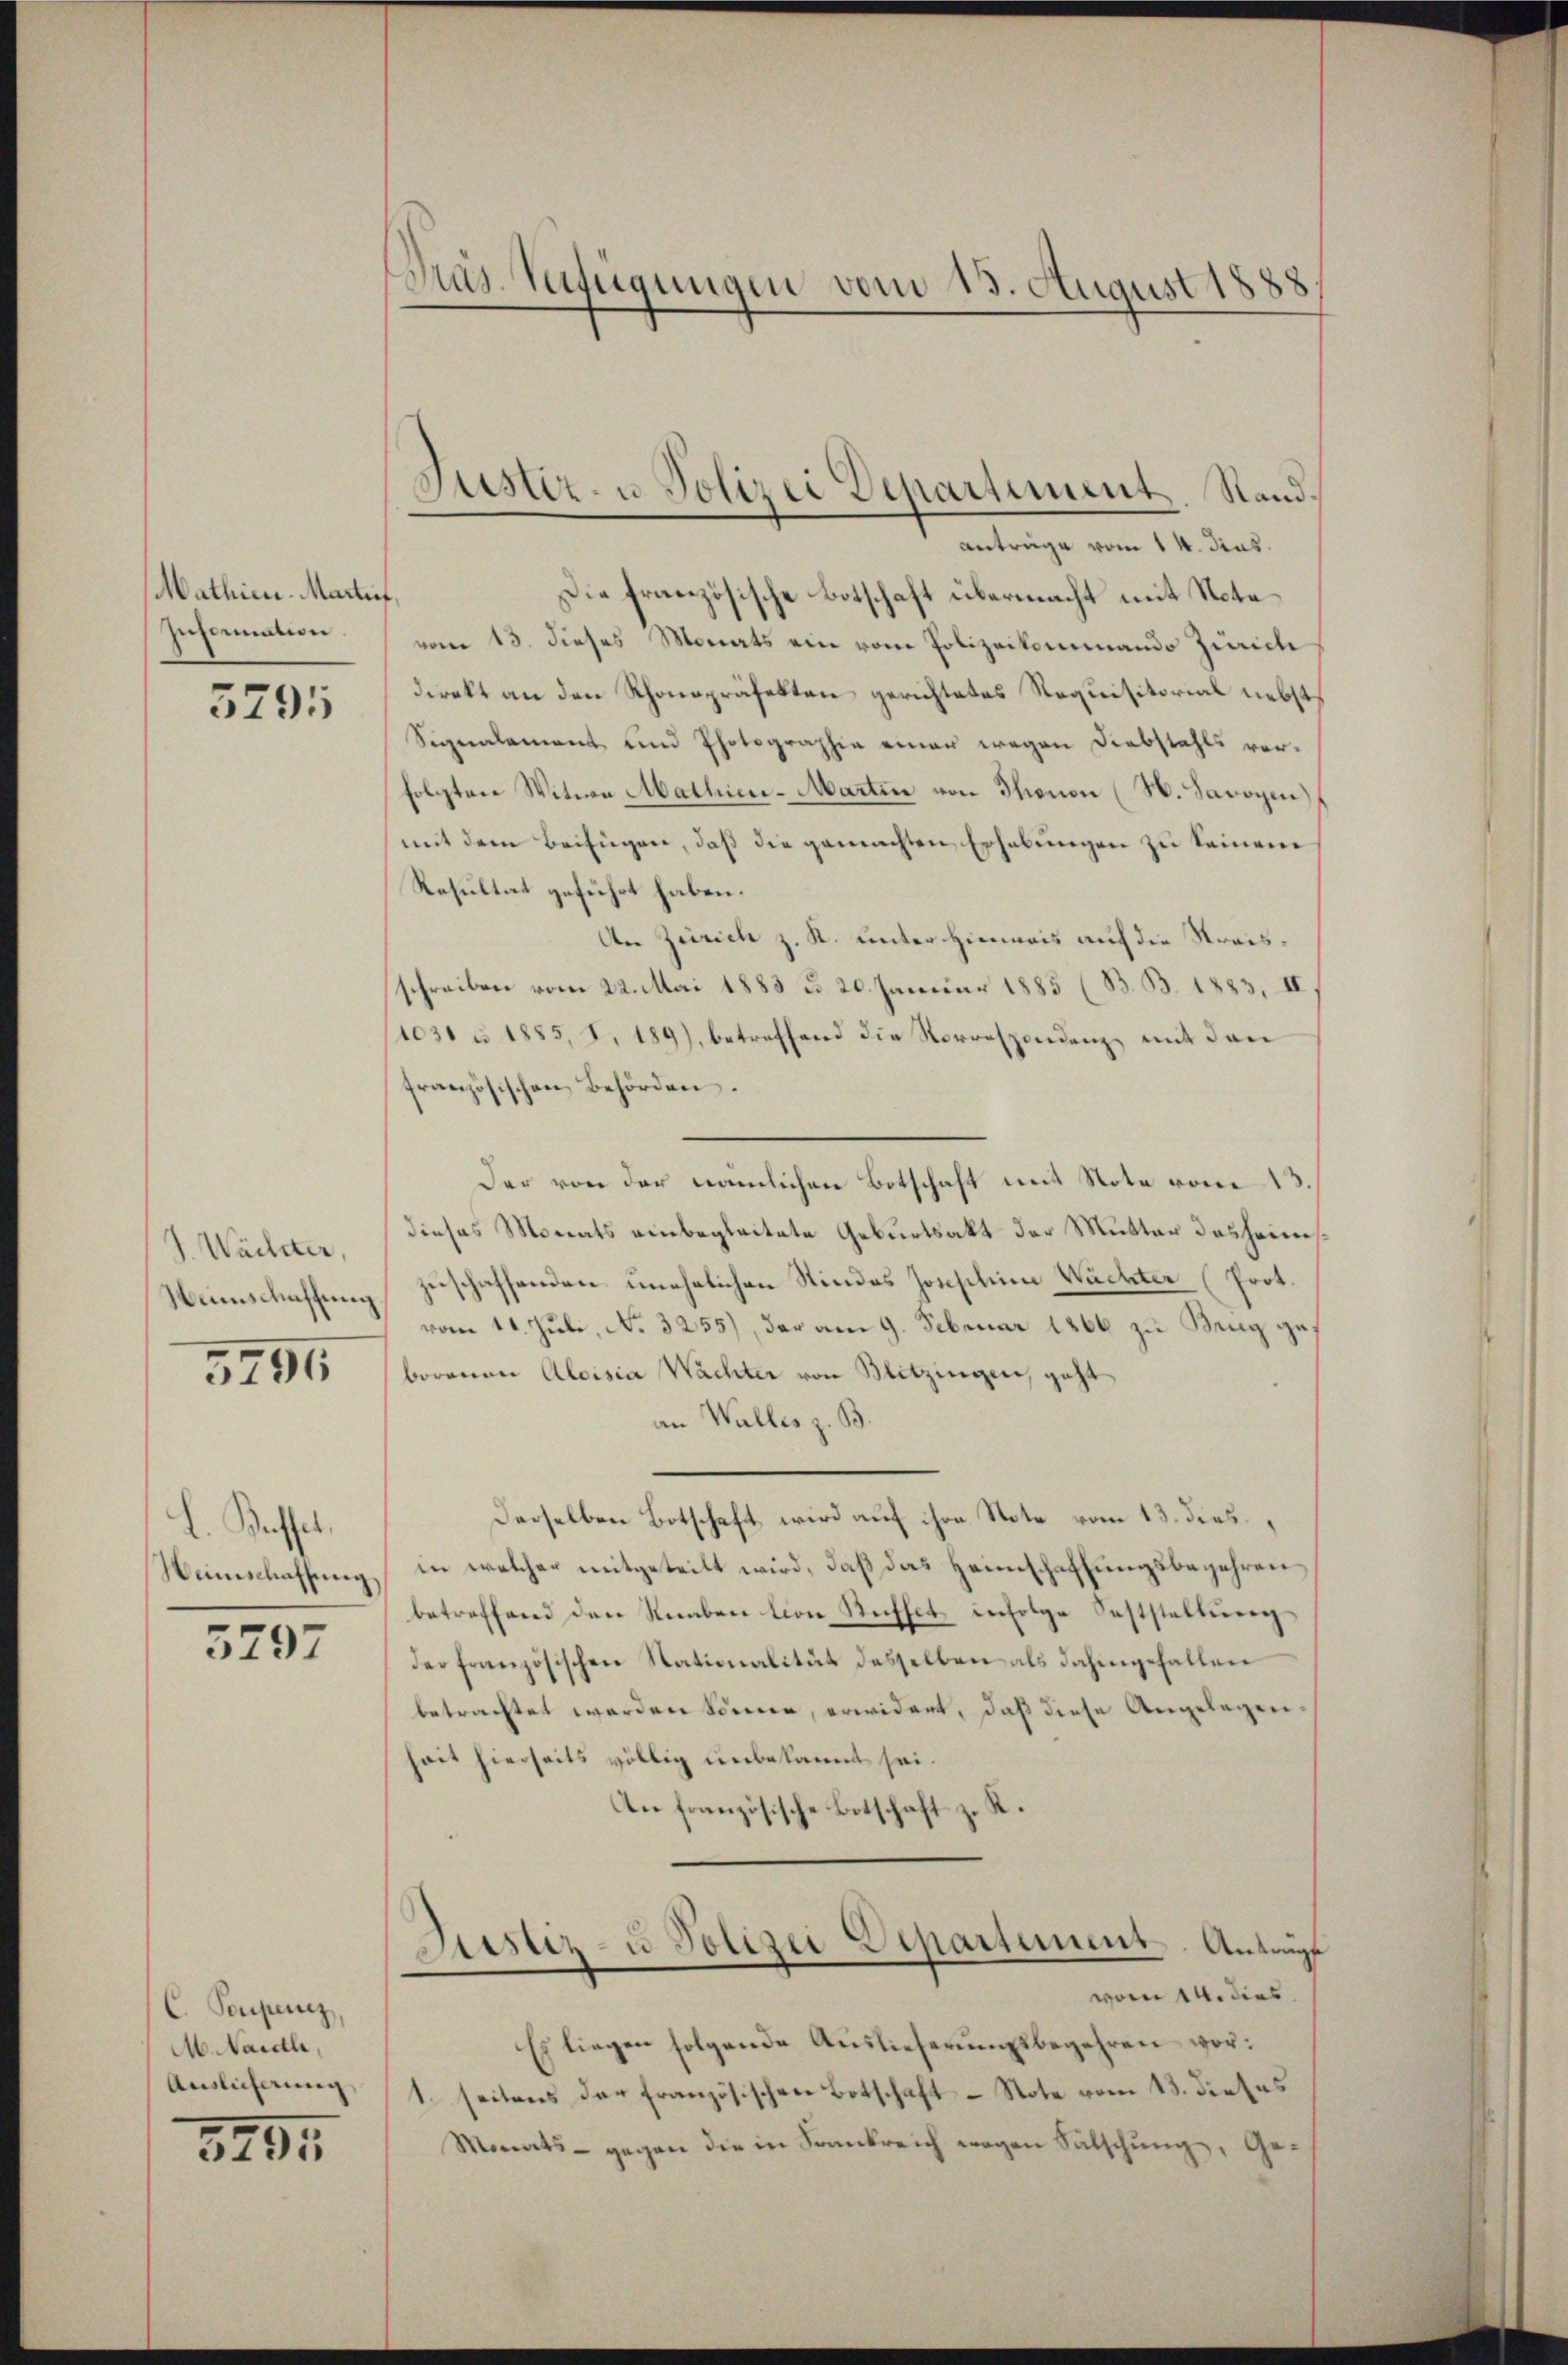
Mathien-Martin
Information.

5791

J. Wächter,

3796

L. Kasset.
Weinschaffung

5297

C. Poupenez
M. auch,
Auslicherung

5295

Präs. Verfügungen vom 15. August 1888

Die französische Botschaft übermacht mit Nota
vom 13. dieses Monats ein vom Polizeikommando Zürich
direkt an den Rhonopräfekten gerichtetes Requisitorial nebst
Signalament und Photographie einer wegen Diebstahls verfolgten Witwe Mathien-Martin von Thonon (N. Savoyen)
mit dem Beifügen, daß die gemachten Erhebungen zu seinen
Resultat geführt haben.
An Zürich z. R. unter Hinweis auf die Streisschreiben vom 22. Mai 1883 d. 20. Januar 1885 (B. B. 1883, II
1031 u 1885, I, 189), betreffend die Vorrespondenz mit den
französischen Behörden.
Der von der nämlichen Botschaft mit Note vom
dieses Monats einbegleitete Geburtsakt der Mutter desheims¬
Weinschaffung zuschaffenden unehelichen Kindes Josephina Wächter (Prot.
vom 11. Juli, No. 3255), der am 9. Februar 1866 zu Brug ge
borenen Aloisia Wächter von Blitzingen, geht
an Wallis z. B.
Derselben Botschaft wird auf ihre Note vom 13. dies
in welcher mitgeteilt wird, daß das Heimschaffungsbegehren,
betreffend den Neben tion Rechtet, infolge Feststellung
der französischen Nationalität desselben als dahingefallen
betrachtet werden können, erwidert, daß diese Angelegenheit hierseits völlig unbekannt sei.
An französische Botschaft z. R.

Justiz- u. Polizei Departiment. Sandanträge vom 14. das.

Justiz- u Polizei Departement. Anträge
vom 14. dies

Es liegen folgende Auslieferungsbegehren vor¬
1. seitens der französischen Botschaft - Note vom 13. dieses
Monats - gegen die in Frankreich wegen Sätschung, Ge¬